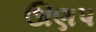
ઊણપ